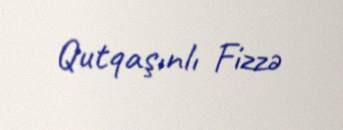
Qutqaşınlı Fizzə